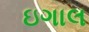
ઇગાલ